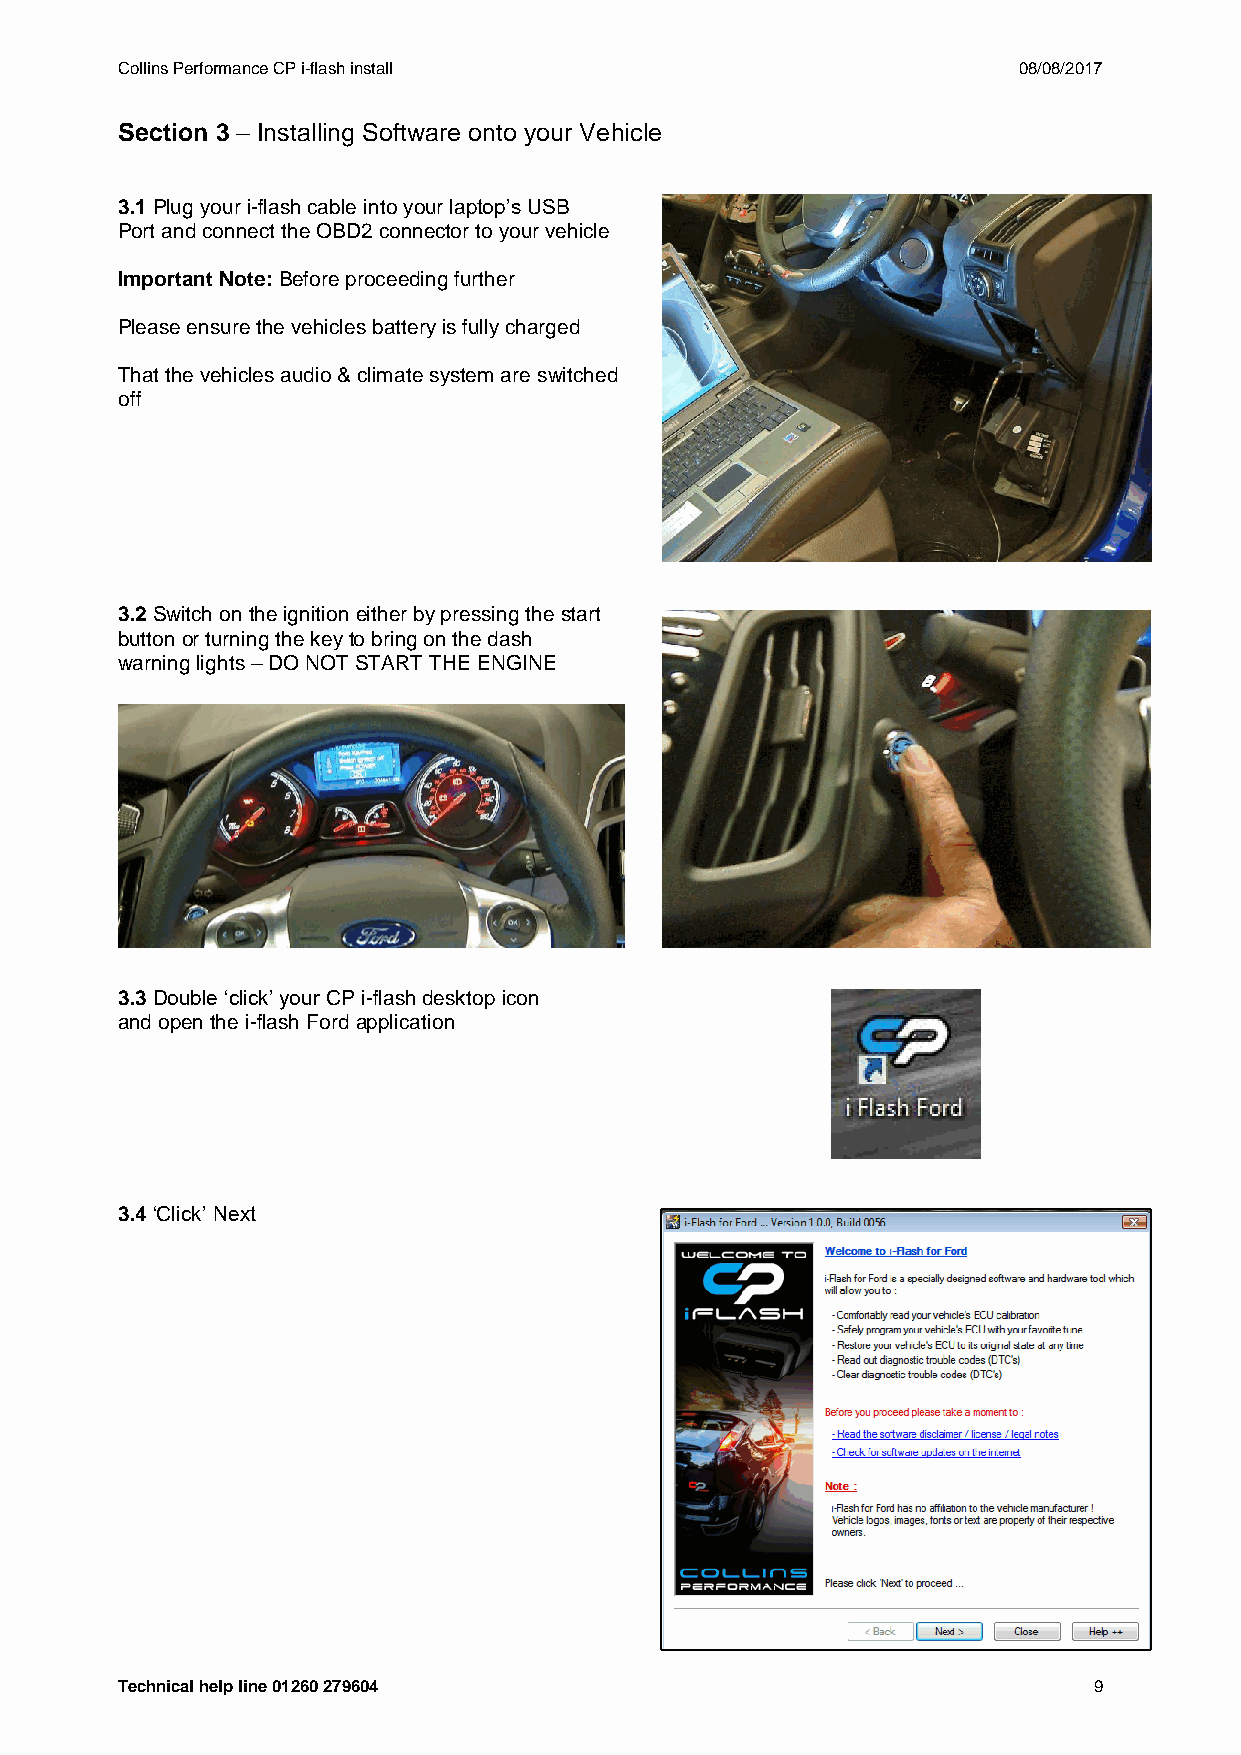
Collins Performance CP i-flash install                     08/08/2017
 Section 3 – Installing Software onto your Vehicle
 3.1 Plug your i-flash cable into your laptop’s USB
 Port and connect the OBD2 connector to your vehicle
 Important Note: Before proceeding further
 Please ensure the vehicles battery is fully charged
 That the vehicles audio & climate system are switched
 off
 3.2 Switch on the ignition either by pressing the start
 button or turning the key to bring on the dash
 warning lights – DO NOT START THE ENGINE
 3.3 Double ‘click’ your CP i-flash desktop icon
 and open the i-flash Ford application
 3.4 ‘Click’ Next
 Technical help line 01260 279604                                9